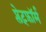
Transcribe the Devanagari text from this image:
प्लेट्फ़ॉर्म